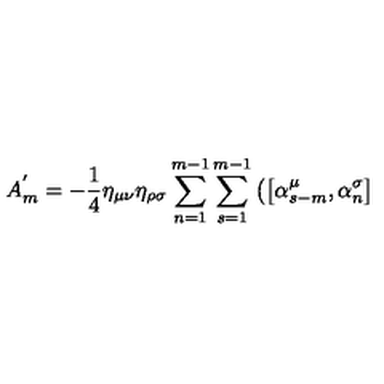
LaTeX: A _ { m } ^ { ' } = - \frac { 1 } { 4 } { \eta } _ { \mu \nu } { \eta } _ { \rho \sigma } \sum _ { n = 1 } ^ { m - 1 } \sum _ { s = 1 } ^ { m - 1 } \left( \left[ { \alpha } _ { s - m } ^ { \mu } , { \alpha } _ { n } ^ { \sigma } \right] \right.